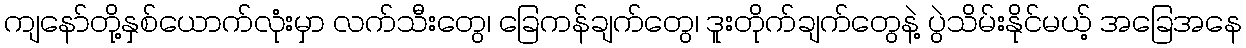
ကျနော်တို့နှစ်ယောက်လုံးမှာ လက်သီးတွေ၊ ခြေကန်ချက်တွေ၊ ဒူးတိုက်ချက်တွေနဲ့ ပွဲသိမ်းနိုင်မယ့် အခြေအနေ